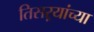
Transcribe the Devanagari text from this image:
तिसऱ्यांच्या